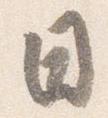
日